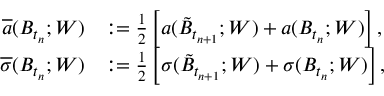
\begin{array} { r l } { \overline { { a } } ( B _ { t _ { n } } ; W ) } & { : = \frac { 1 } { 2 } \left[ a ( \tilde { B } _ { t _ { n + 1 } } ; W ) + a ( B _ { t _ { n } } ; W ) \right] , } \\ { \overline { { \sigma } } ( B _ { t _ { n } } ; W ) } & { : = \frac { 1 } { 2 } \left[ \sigma ( \tilde { B } _ { t _ { n + 1 } } ; W ) + \sigma ( B _ { t _ { n } } ; W ) \right] , } \end{array}